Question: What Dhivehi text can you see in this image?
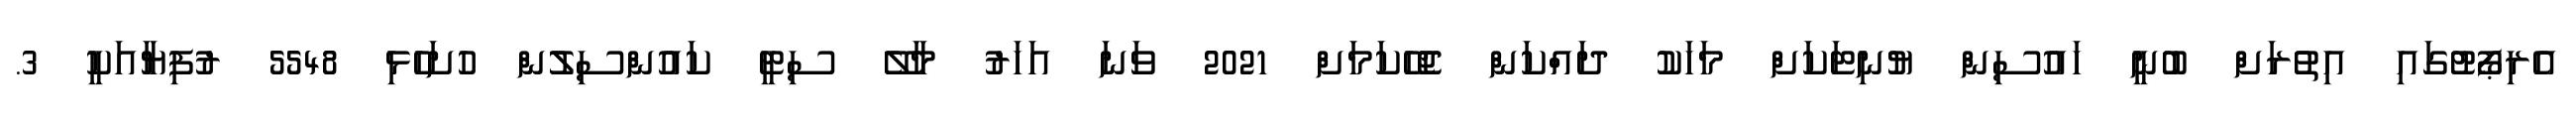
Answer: އެރިޕޯޓުގައި އިތުރަށް ބުނީ ހައުސިން ޔުނިޓަކަށް މަހަކު ދައްކަން ޖެހޭކަމަށް 2021 ވަނަ އަހަރު މާލޭ ސިޓީ ކައުންސިލުން ހުށަހެޅި 5548 ރުފިޔާއަކީ 3.